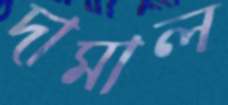
দামাল